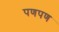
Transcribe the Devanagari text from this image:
पणपण